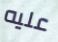
عليه